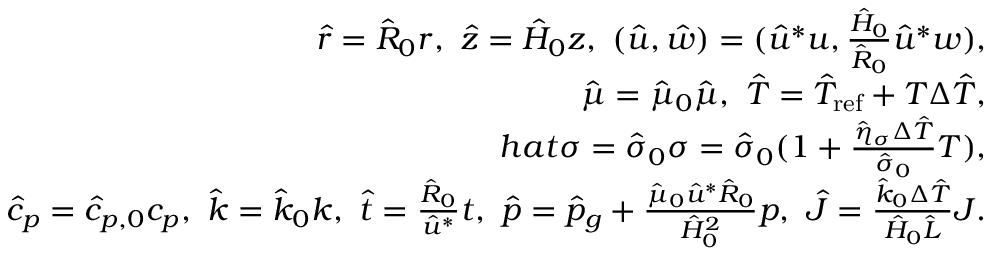
\begin{array} { r } { \hat { r } = \hat { R } _ { 0 } r , \ \hat { z } = \hat { H } _ { 0 } z , \ ( \hat { u } , \hat { w } ) = ( \hat { u } ^ { * } u , \frac { \hat { H } _ { 0 } } { \hat { R } _ { 0 } } \hat { u } ^ { * } w ) , } \\ { \hat { \mu } = \hat { \mu } _ { 0 } \hat { \mu } , \ \hat { T } = \hat { T } _ { \mathrm { r e f } } + T \Delta \hat { T } , } \\ { h a t { \sigma } = \hat { \sigma } _ { 0 } \sigma = \hat { \sigma } _ { 0 } ( 1 + \frac { \hat { \eta } _ { \sigma } \Delta \hat { T } } { \hat { \sigma } _ { 0 } } T ) , } \\ { \hat { c } _ { p } = \hat { c } _ { p , 0 } c _ { p } , \ \hat { k } = \hat { k } _ { 0 } k , \ \hat { t } = \frac { \hat { R } _ { 0 } } { \hat { u } ^ { * } } t , \ \hat { p } = \hat { p } _ { g } + \frac { \hat { \mu } _ { 0 } \hat { u } ^ { * } \hat { R } _ { 0 } } { \hat { H } _ { 0 } ^ { 2 } } p , \ \hat { J } = \frac { \hat { k } _ { 0 } \Delta \hat { T } } { \hat { H } _ { 0 } \hat { L } } J . } \end{array}